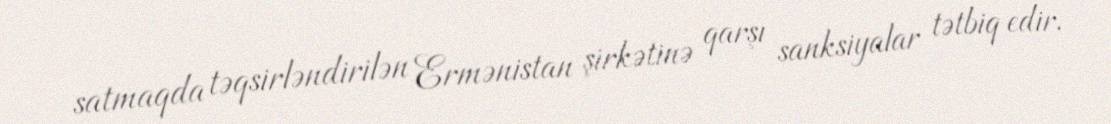
satmaqda təqsirləndirilən Ermənistan şirkətinə qarşı sanksiyalar tətbiq edir.